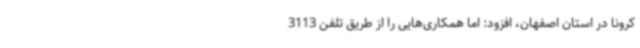
کرونا در استان اصفهان، افزود: اما همکاری‌هایی را از طریق تلفن 3113